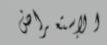
الإستعراض